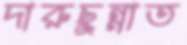
দারুছুন্নাত